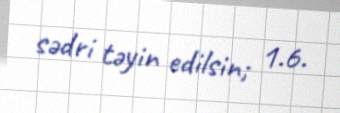
sədri təyin edilsin; 1.6.